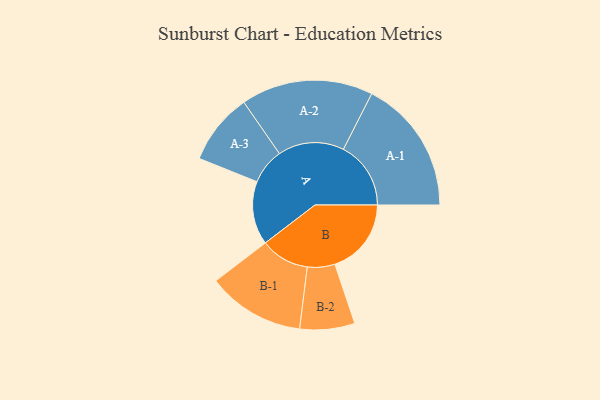
{"axis": {"x": "Segment", "y": "Value"}, "legend": ["", "A", "B"], "data": [{"x": "A", "y": 268, "type": ""}, {"x": "B", "y": 323, "type": ""}, {"x": "A-1", "y": 285, "type": "A"}, {"x": "A-2", "y": 279, "type": "A"}, {"x": "A-3", "y": 151, "type": "A"}, {"x": "B-1", "y": 206, "type": "B"}, {"x": "B-2", "y": 116, "type": "B"}]}